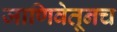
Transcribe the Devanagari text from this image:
जाणिवेतूनच